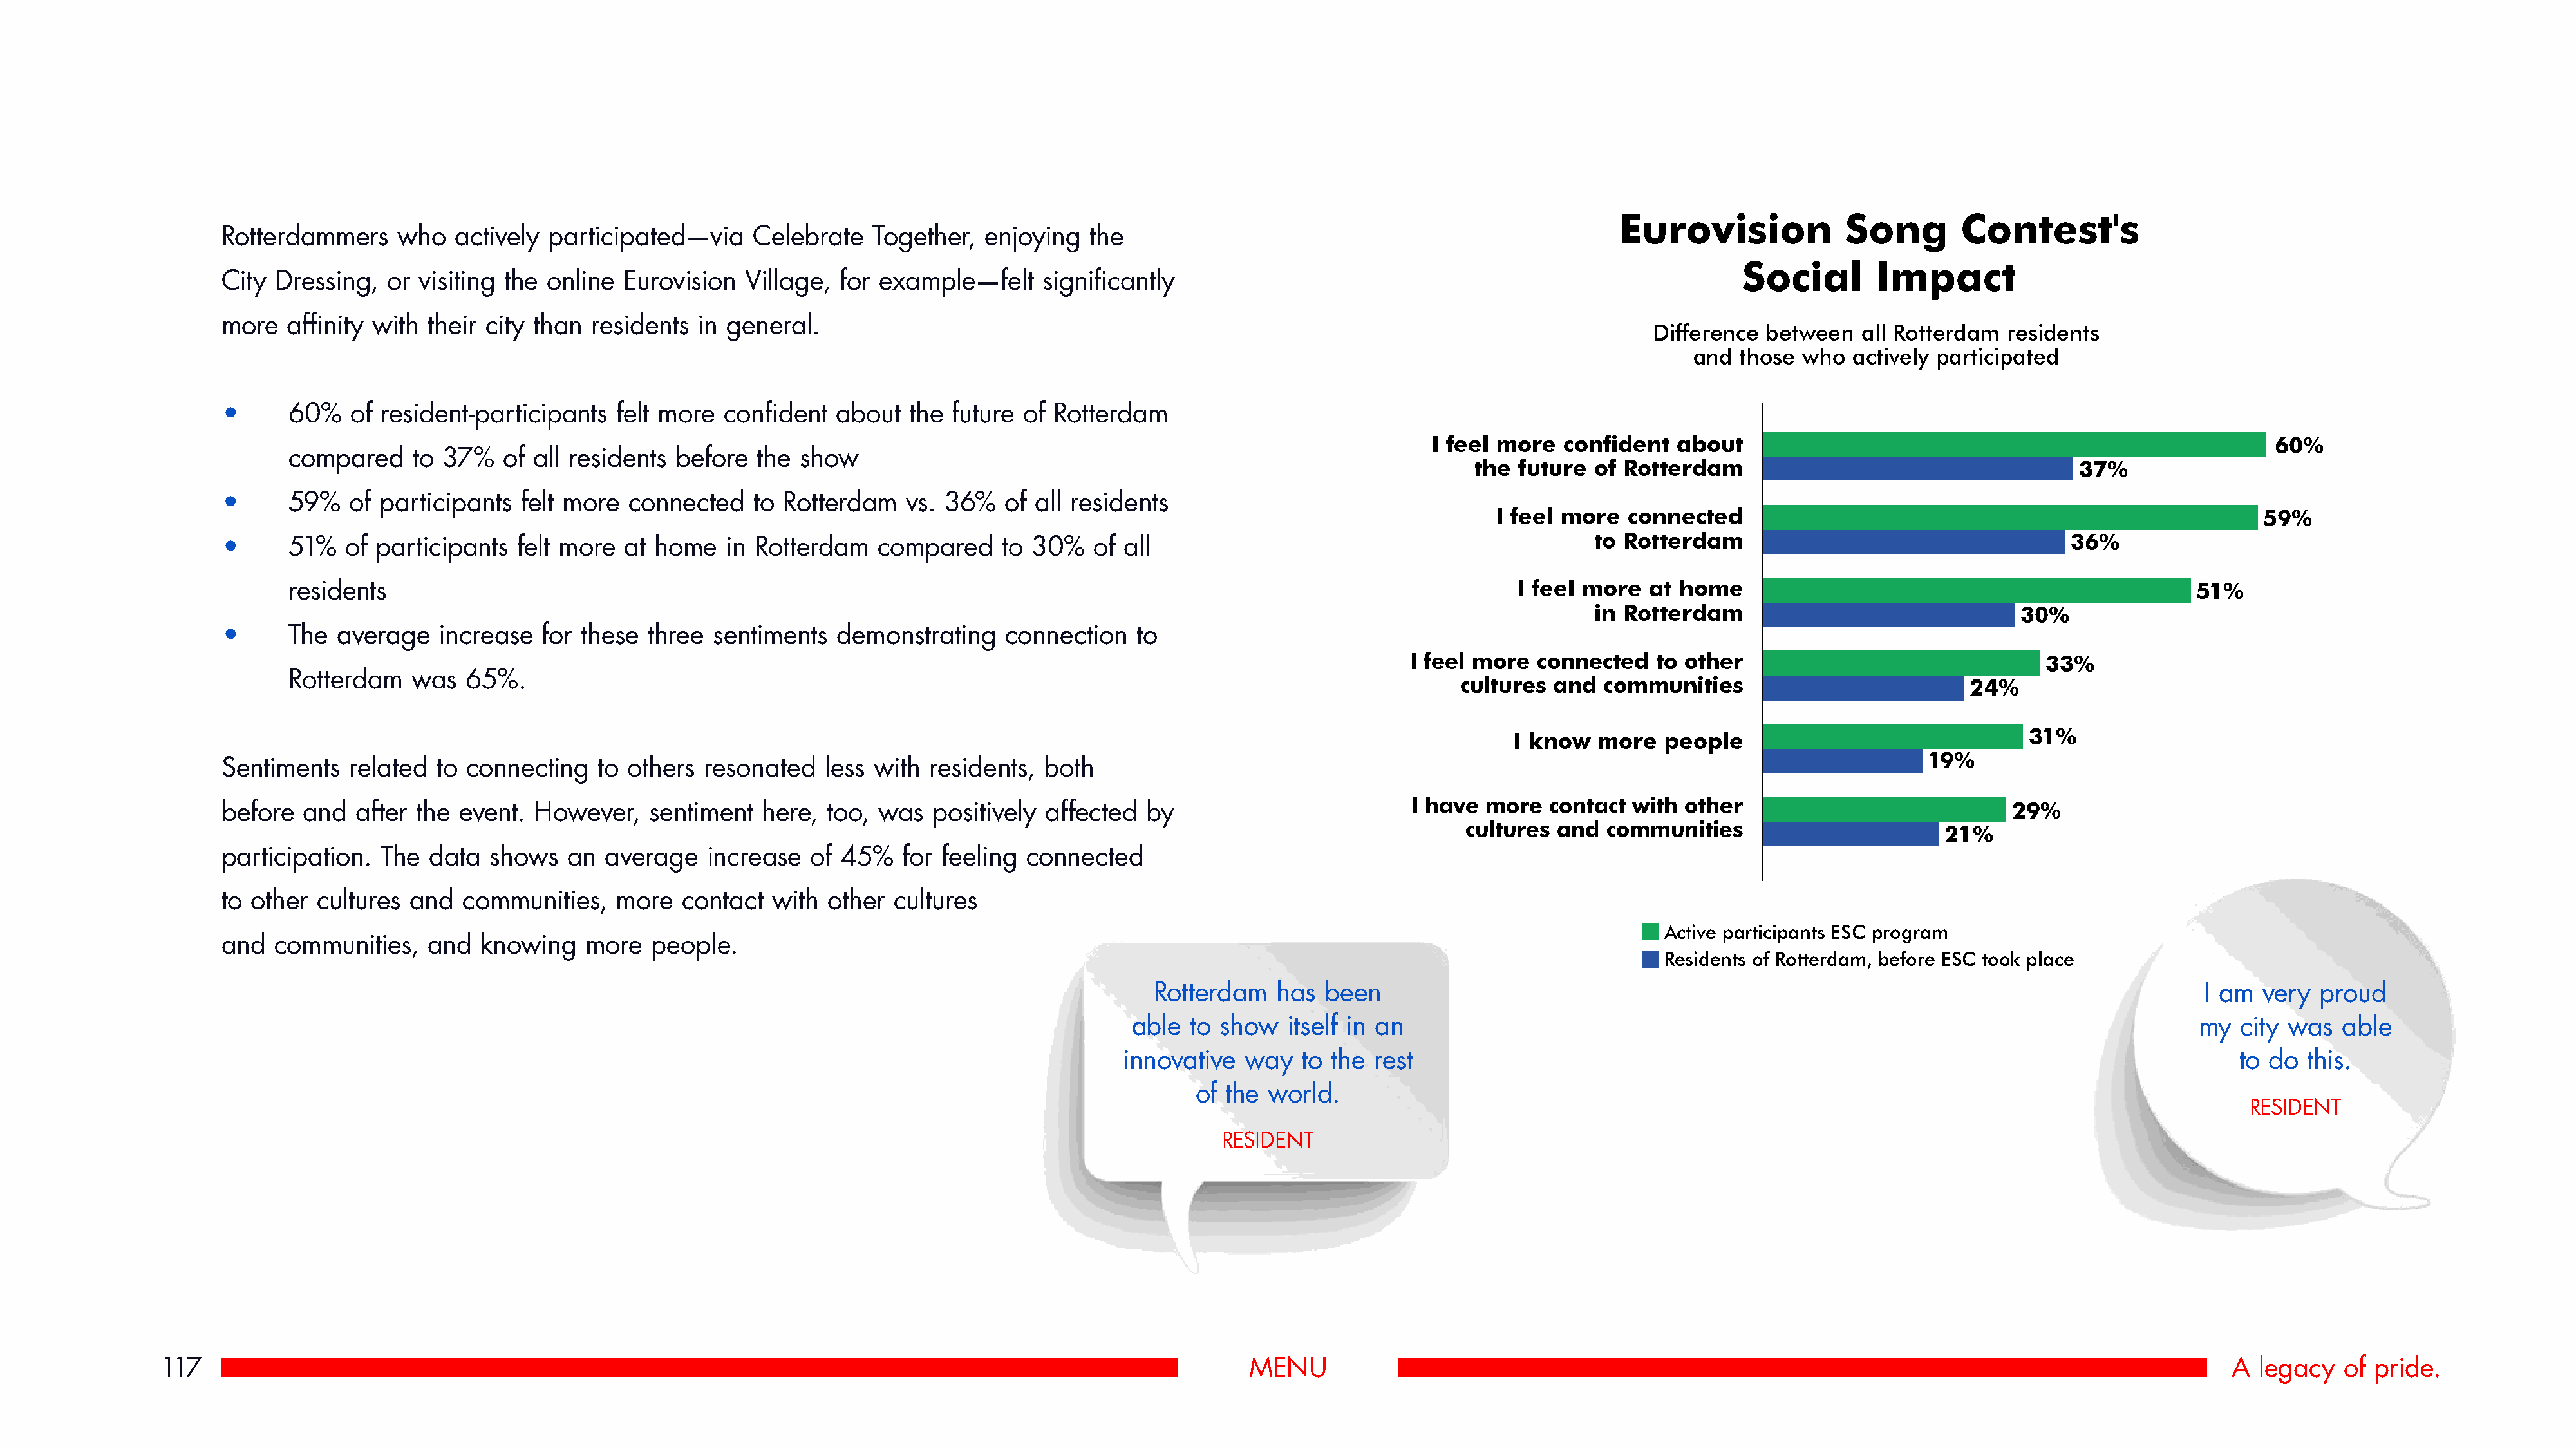
I feel more  confident   about   the future  of Rotterdam      60%          37%
 I feel more  connected    to Rotterdam    59%                               36%
 I feel more  at home    in Rotterdam      51%                               30%
 I feel more  connected    to other  cultures  and  communities     33%      24%
 I know  more   people    31%                                                19%
 I have  more   contact  with other  cultures  and   communities    29%      21%
 Eurovision              Song        Contest's
 Rotterdammers     who   actively participated—via     Celebrate    Together,  enjoying   the
 Social        Impact
 City Dressing,   or visiting the online  Eurovision   Village, for example—felt     significantly
 more   affinity with their city than  residents  in general.
 Difference  between  all Rotterdam  residents
 and  those who   actively participated
 •      60%   of resident-participants   felt more  confident   about   the future of Rotterdam
 I feel more   confident  about                                                         60%
 compared    to 37%    of all residents before   the show
 the future  of Rotterdam                                      37%
 •      59%   of participants   felt more  connected   to  Rotterdam   vs. 36%   of all residents
 I feel more  connected                                                         59%
 •      51%   of participants  felt more  at home    in Rotterdam   compared     to 30%   of  all                                             to Rotterdam                                     36%
 residents                                                                                                                     I feel more   at home                                                 51%
 in Rotterdam                                30%
 •      The  average   increase   for these  three sentiments   demonstrating    connection    to
 I feel more  connected   to other                                33%
 Rotterdam   was   65%.
 cultures  and  communities                           24%
 31%
 I know  more   people
 19%
 Sentiments   related  to connecting   to  others resonated    less with  residents, both
 I have  more  contact  with other
 before  and   after the event.  However,    sentiment  here,  too, was   positively affected   by                                                                                       29%
 cultures and  communities
 21%
 participation.  The  data  shows   an  average    increase  of 45%    for feeling  connected
 to other  cultures and   communities,   more   contact  with  other  cultures
 Active participants ESC program
 and  communities,    and  knowing    more   people.
 Residents of Rotterdam, before ESC took place
 Rotterdam   has  been                                                                                       I am  very proud
 able  to show   itself in an                                                                                  my  city was   able
 innovative   way   to the rest                                                                                     to do  this.
 of the world.
 RESIDENT
 RESIDENT
 117                                                                                                            MENU                                                                                                 A  legacy   of pride.